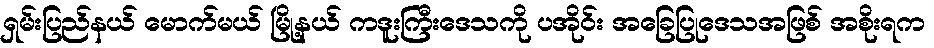
ရှမ်းပြည်နယ် မောက်မယ် မြို့နယ် ကဒူးကြီးဒေသကို ပအိုဝ်း အခြေပြုဒေသအဖြစ် အစိုးရက